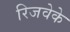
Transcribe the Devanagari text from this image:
रिजवेके